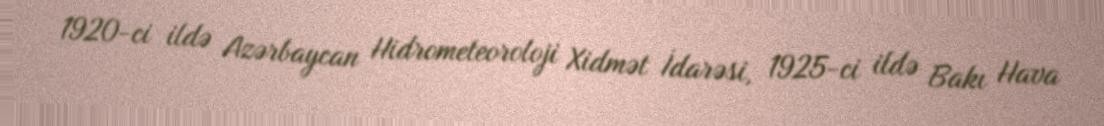
1920-ci ildə Azərbaycan Hidrometeoroloji Xidmət İdarəsi, 1925-ci ildə Bakı Hava